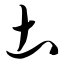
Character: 土